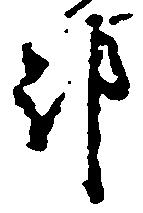
都